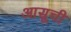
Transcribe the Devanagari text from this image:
आसूची